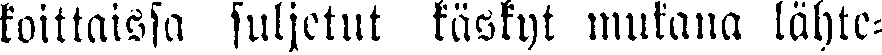
koittaissa suljetut käskyt mukana lähte-